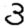
Digit: 3